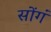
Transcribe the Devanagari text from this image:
सोंगं